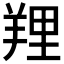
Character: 𦎐